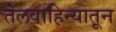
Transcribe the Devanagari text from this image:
तेलवाहिन्यातून